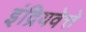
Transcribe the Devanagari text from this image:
इंद्रियवेत्ते